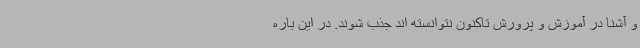
و آشنا در آموزش و پرورش تاکنون نتوانسته اند جذب شوند. در این باره